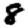
Digit: 8